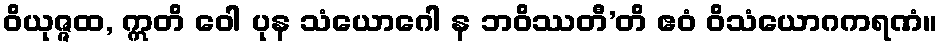
ဝိယုဇ္ဇထ, ဣတိ ဝေါ ပုန သံယောဂေါ န ဘဝိဿတီ’တိ ဧဝံ ဝိသံယောဂကရဏံ။